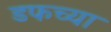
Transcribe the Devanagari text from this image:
डफच्या